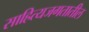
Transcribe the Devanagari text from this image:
साहित्यजगतातील